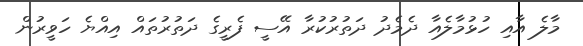
މާލެ އާއި ހުޅުމާލެއާ ދެމެދު ދަތުރުކުރާ އޭސީ ފެރީގެ ދަތުރުތައް އިއްޔެ ހަވީރުން